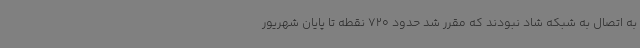
به اتصال به شبکه شاد نبودند که مقرر شد حدود 720 نقطه تا پایان شهریور